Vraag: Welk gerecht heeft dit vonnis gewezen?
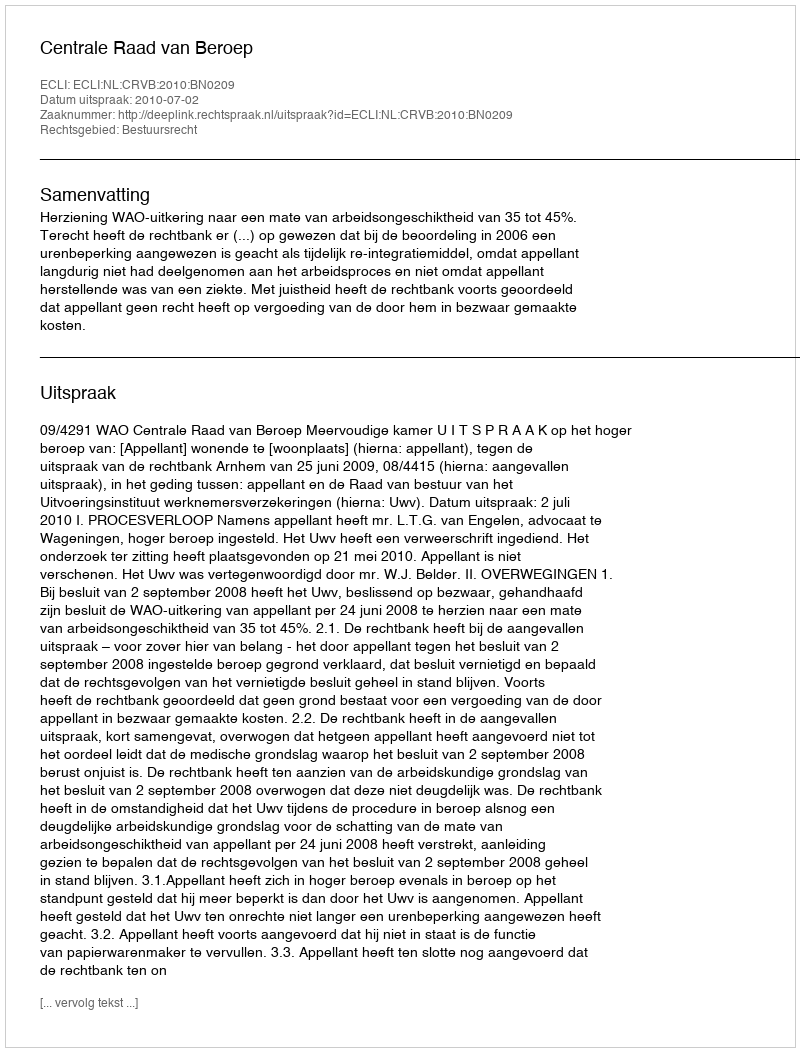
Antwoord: Centrale Raad van Beroep